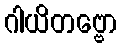
ဂါယိတဗ္ဗော